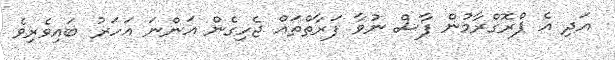
އަދި އެ ޕްރޮގްރާމުން ފާސް ނުވާ ފަރާތްތައް ޖެހިގެން އަންނަ އަހަރު ބައިވެރިވެ